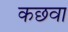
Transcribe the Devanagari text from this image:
कछवा